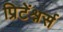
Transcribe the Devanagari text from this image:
प्रिटेंश्नर्स